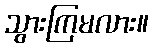
သွားကြမလား။